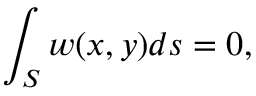
\int _ { \cal S } w ( x , y ) d s = 0 ,